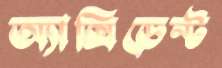
অ্যাক্সিডেন্ট